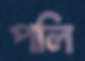
পলি